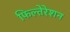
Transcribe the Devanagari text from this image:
फिल्तेरेशन